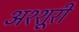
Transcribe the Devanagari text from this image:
अश्शूरी